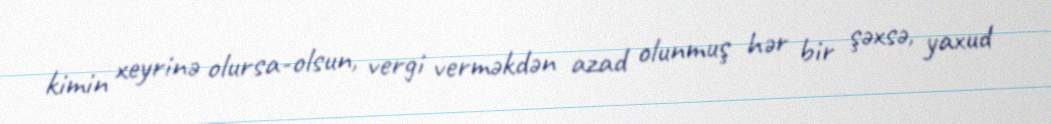
kimin xeyrinə olursa-olsun, vergi verməkdən azad olunmuş hər bir şəxsə, yaxud